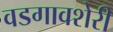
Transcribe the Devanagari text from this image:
वडगावशेरी